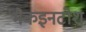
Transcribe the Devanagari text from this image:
मैकइनटोश